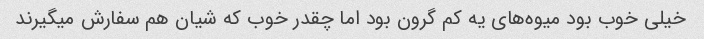
خیلی خوب بود میوه‌های یه کم گرون بود اما چقدر خوب که شیان هم سفارش میگیرند